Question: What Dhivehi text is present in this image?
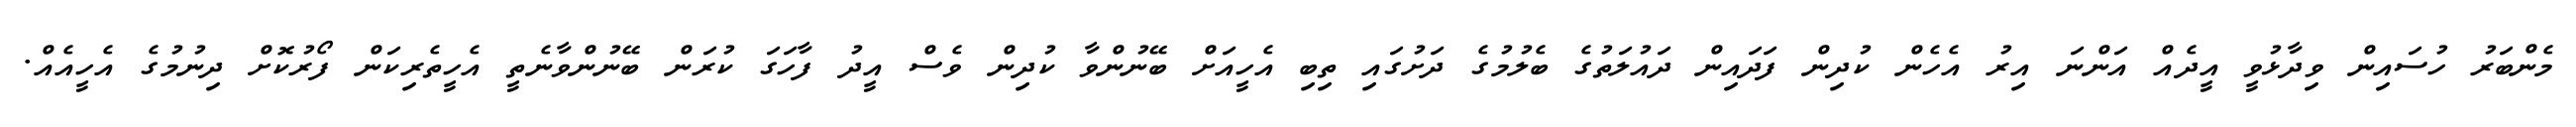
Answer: މެންބަރު ހުސައިން ވިދާޅުވީ އީދެއް އަންނަ އިރު އެހެން ކުދިން ފަދައިން ދައުލަތުގެ ބެލުމުގެ ދަށުގައި ތިބި އެހީއަށް ބޭނުންވާ ކުދިން ވެސް އީދު ފާހަގަ ކުރަން ބޭނުންވާނެތީ އެހީތެރިކަން ފޯރުކޮށް ދިނުމުގެ އެހީއެއް.